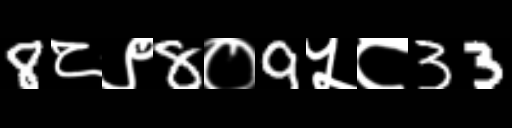
Text: 8८९8०9५८33